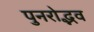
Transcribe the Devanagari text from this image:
पुनरोद्भव